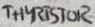
Text: THYRISTOR